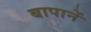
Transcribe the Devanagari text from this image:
बापानें